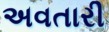
અવતારી